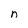
Character: n